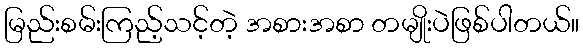
မြည်းစမ်းကြည့်သင့်တဲ့ အစားအစာ တမျိုးပဲဖြစ်ပါတယ်။